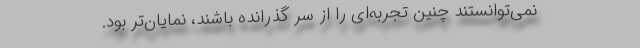
نمی‌توانستند چنین تجربه‌ای را از سر گذرانده باشند، نمایان‌تر بود.